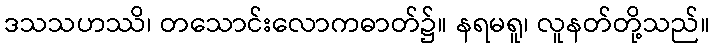
ဒသသဟဿိ၊ တသောင်းလောကဓာတ်၌။ နရမရူ၊ လူနတ်တို့သည်။